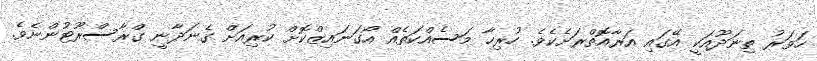
ހަވަރު ތިނަދޫއަކީ އޭގައި އަރާއޮތްރަށެކެވެ. ހުރިހާ މަސެއްކަތެއް އޯގަނައިޒްކޮށް ކުރިއަށް ގެނަދާނީ ގްރާސްރޫޓުންނެވެ.